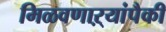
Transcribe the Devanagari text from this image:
मिळवणाऱ्यांपैकी